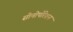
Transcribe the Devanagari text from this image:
सोनोपोरेशन